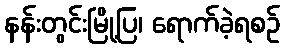
နန်းတွင်းမြို့ပြ၊ ရောက်ခဲ့ရစဉ်